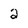
Character: 2